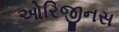
ઓરિજીનસ